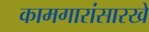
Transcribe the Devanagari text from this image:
कामगारांसारखे